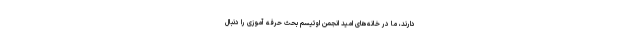
دارند، ما در خانه‌های امید انجمن اوتیسم بحث حرفه‌ آموزی را دنبال